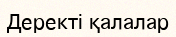
Деректі қалалар